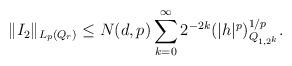
LaTeX: \begin{align*} \|I_2\|_{ L_p (Q_r) } \le N (d, p) \sum_{k = 0}^{\infty} 2^{-2k} (|h|^p)^{1/p}_{ Q_{1, 2^k} }.\end{align*}